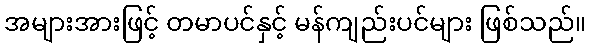
အများအားဖြင့် တမာပင်နှင့် မန်ကျည်းပင်များ ဖြစ်သည်။